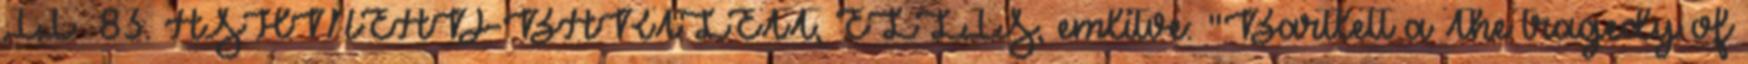
II 83. ASHMEAD-BARTLETT, ELLIS, említve: "Bartlett a The tragedy of